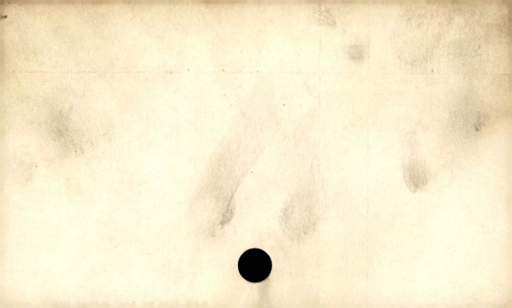
Label: blank